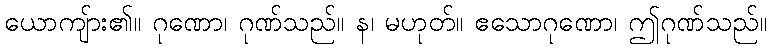
ယောကျ်ား၏။ ဂုဏော၊ ဂုဏ်သည်။ န၊ မဟုတ်။ ဧသောဂုဏော၊ ဤဂုဏ်သည်။